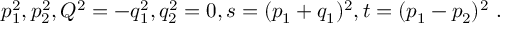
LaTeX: p _ { 1 } ^ { 2 } , p _ { 2 } ^ { 2 } , Q ^ { 2 } = - q _ { 1 } ^ { 2 } , q _ { 2 } ^ { 2 } = 0 , s = ( p _ { 1 } + q _ { 1 } ) ^ { 2 } , t = ( p _ { 1 } - p _ { 2 } ) ^ { 2 } \ .